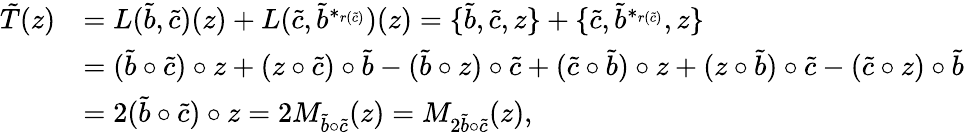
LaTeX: \begin{array}{rl}{\tilde{T}(z)}&{=L(\tilde{b},\tilde{c})(z)+L(\tilde{c},\tilde{b}^{*_{r(\tilde{c})}})(z)=\{ \tilde{b},\tilde{c},z\} +\{ \tilde{c},\tilde{b}^{*_{r(\tilde{c})}},z\} }\\ &{=(\tilde{b}\circ\tilde{c})\circ z+(z\circ\tilde{c})\circ\tilde{b}-(\tilde{b}\circ z)\circ\tilde{c}+(\tilde{c}\circ\tilde{b})\circ z+(z\circ\tilde{b})\circ\tilde{c}-(\tilde{c}\circ z)\circ\tilde{b}}\\ &{=2(\tilde{b}\circ\tilde{c})\circ z=2M_{\tilde{b}\circ\tilde{c}}(z)=M_{2\tilde{b}\circ\tilde{c}}(z),}\end{array}